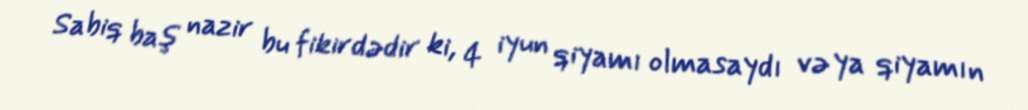
Sabiq baş nazir bu fikirdədir ki, 4 iyun qiyamı olmasaydı və ya qiyamın